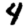
Digit: 4